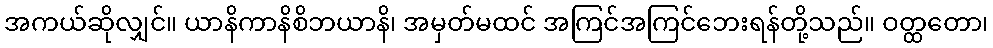
အကယ်ဆိုလျှင်။ ယာနိကာနိစိဘယာနိ၊ အမှတ်မထင် အကြင်အကြင်ဘေးရန်တို့သည်။ ဝတ္ထတော၊